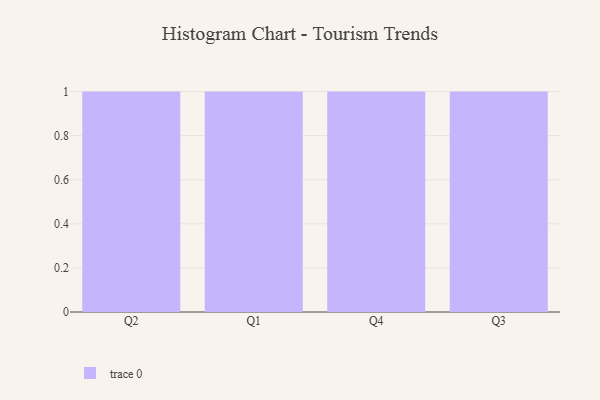
{"axis": {"x": "Quarter", "y": "Energy Usage (MWh)"}, "legend": [""], "data": [{"x": "Q2", "y": 7, "type": ""}, {"x": "Q1", "y": 56, "type": ""}, {"x": "Q4", "y": 78, "type": ""}, {"x": "Q3", "y": 47, "type": ""}]}